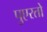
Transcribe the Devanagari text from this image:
पुएरतो